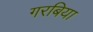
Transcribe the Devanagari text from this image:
गरबिया